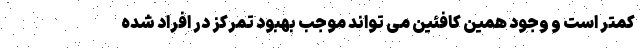
کمتر است و وجود همین کافئین می تواند موجب بهبود تمرکز در افراد شده